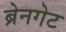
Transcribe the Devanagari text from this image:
ब्रेनगेट